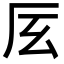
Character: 㕄